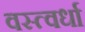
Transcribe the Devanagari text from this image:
वस्त्वर्धा